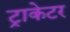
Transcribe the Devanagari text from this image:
ट्राकेटर